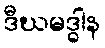
ဒီဃမဒ္ဓါန